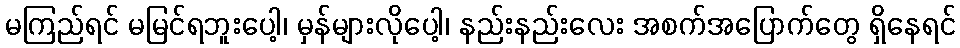
မကြည်ရင် မမြင်ရဘူးပေါ့၊ မှန်များလိုပေါ့၊ နည်းနည်းလေး အစက်အပြောက်တွေ ရှိနေရင်